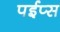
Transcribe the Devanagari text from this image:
पईप्स